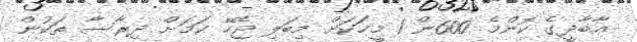
އާބާދީގެ ކޮންމެ 600ން 1 މީހަކަށް މިބަލި ޖެހޭ ކަމަށް ދިރާސާ ތަކުން